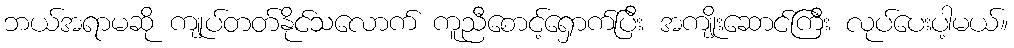
ဘယ်အရာမဆို ကျုပ်တတ်နိုင်သလောက် ကူညီစောင့်ရှောက်ပြီး အကျိုးဆောင်ကြီး လုပ်ပေးပါ့မယ်။